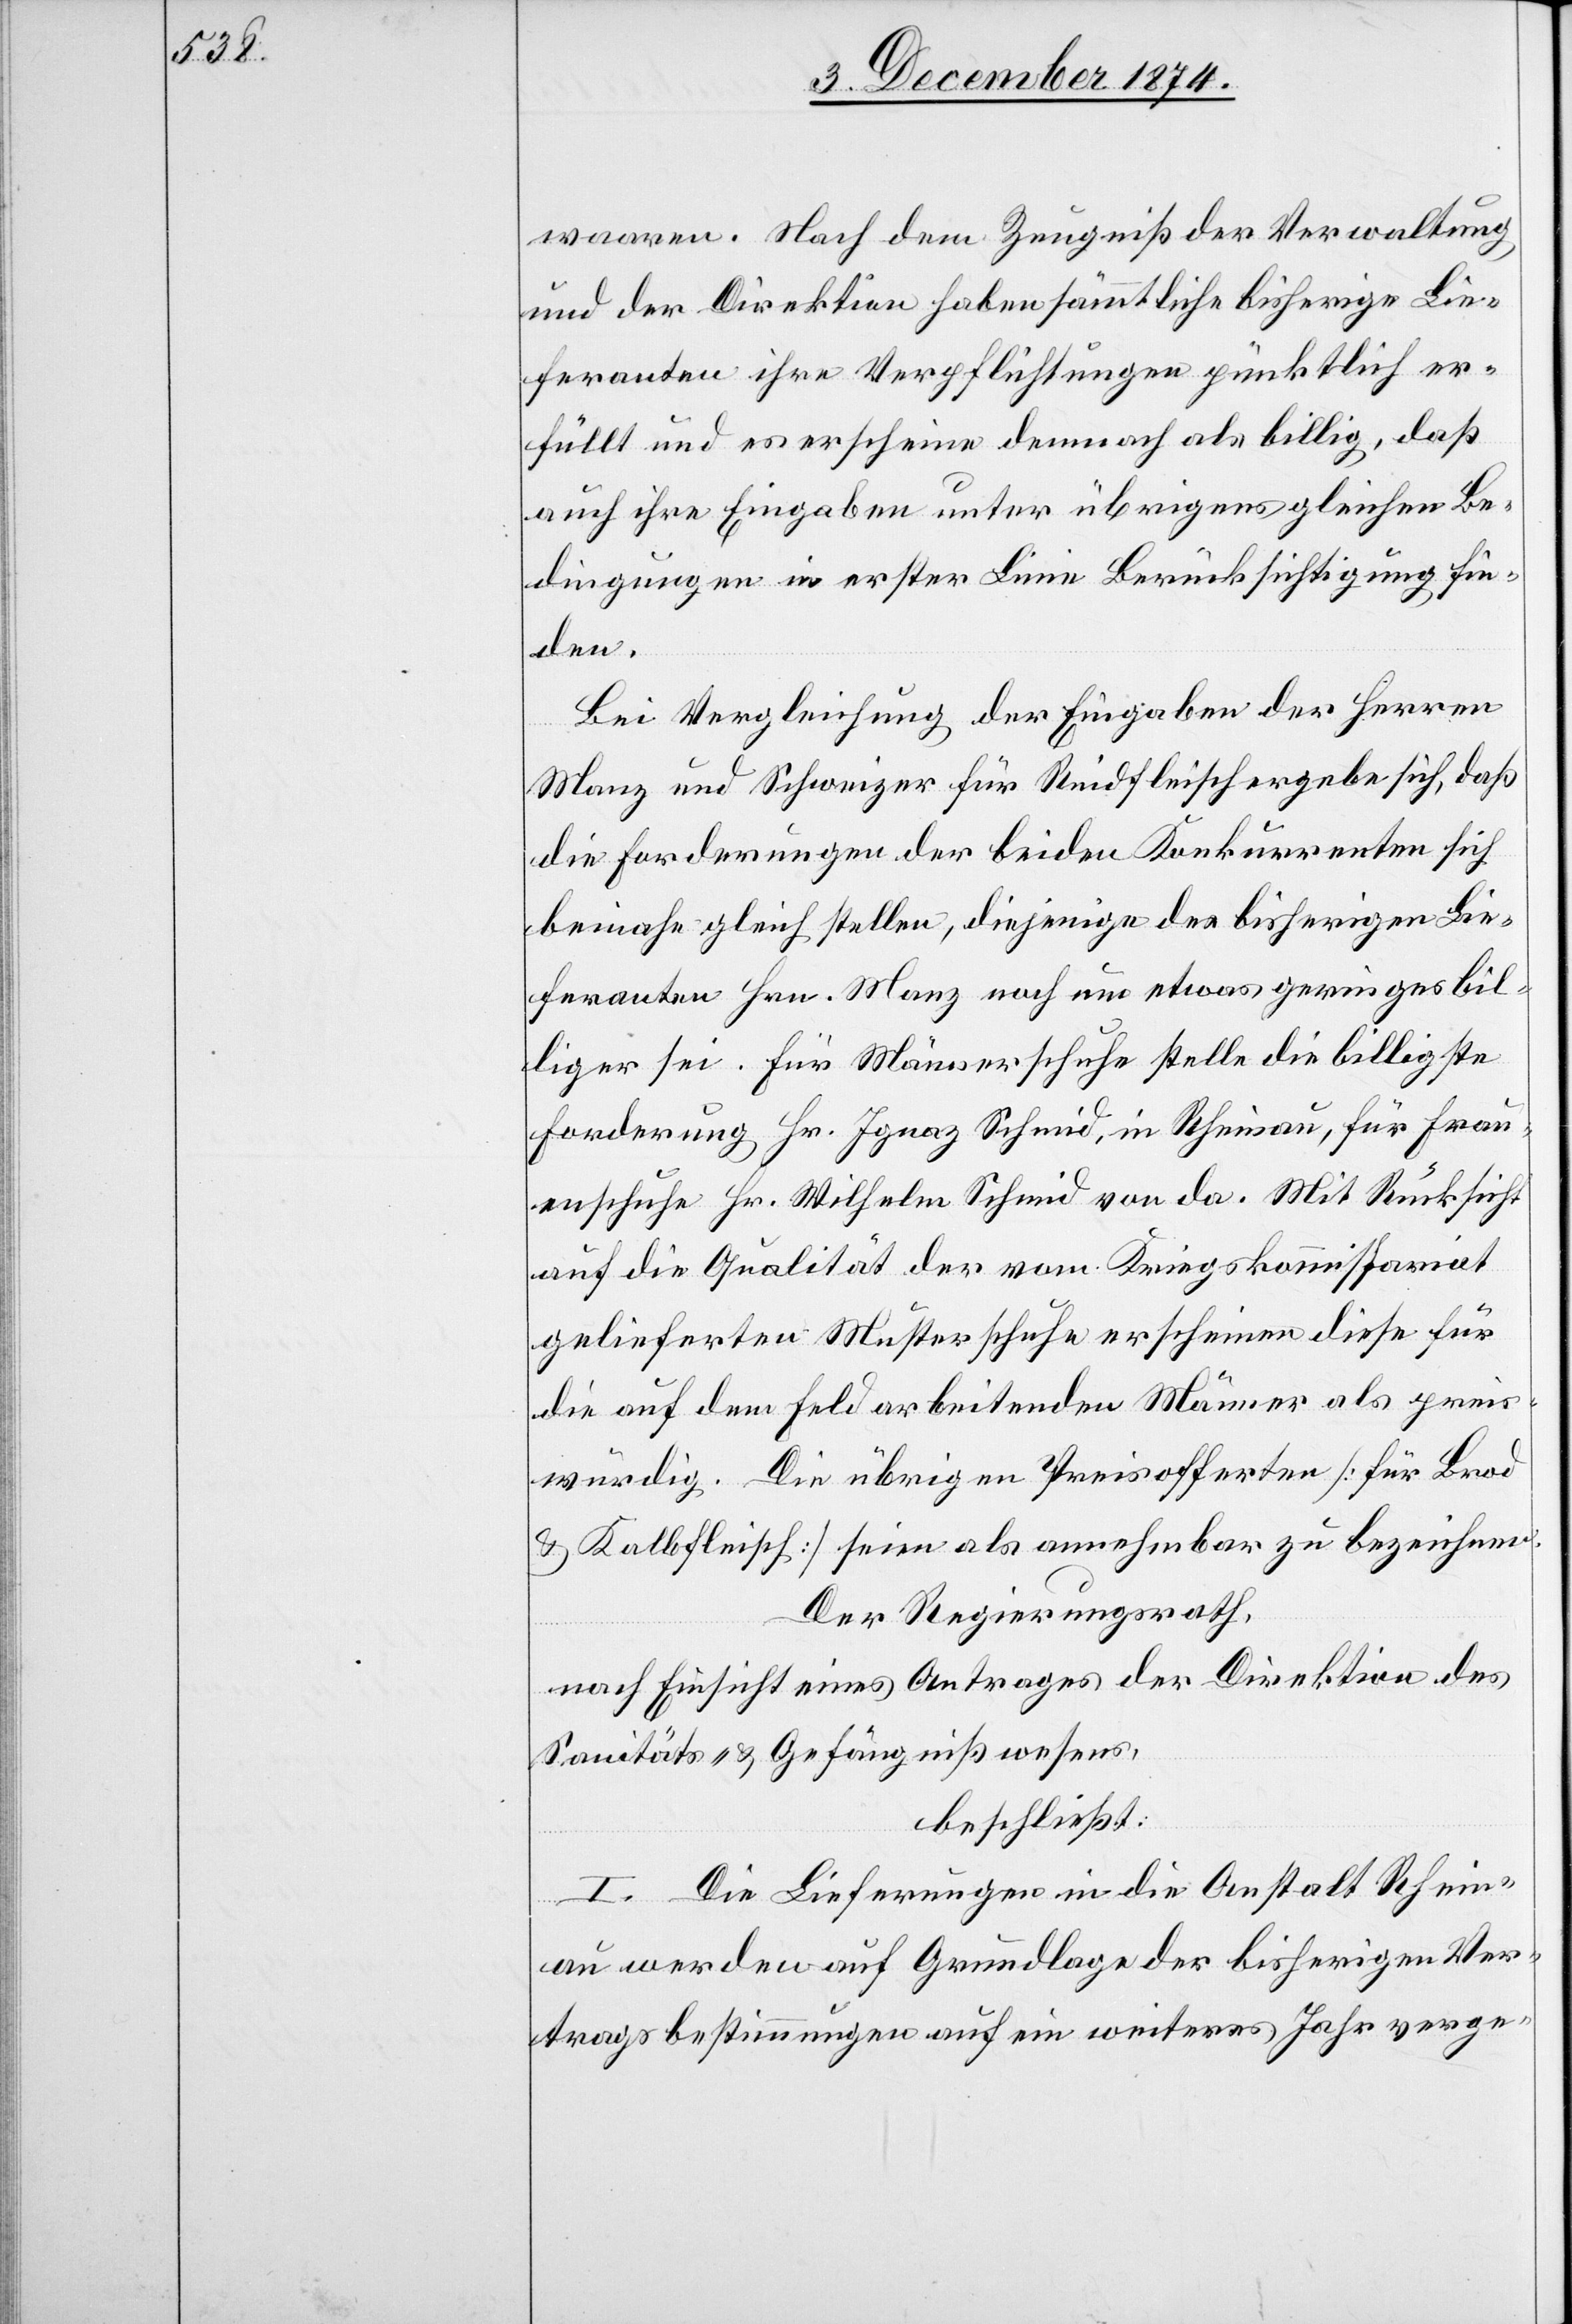
waaren. Nach dem Zeugniß der Verwaltung
und der Direktion haben sämmtliche bisherige Lie¬
feranten ihre Verpflichtungen pünktlich er¬
füllt und es erscheine demnach als billig, daß
auch ihre Eingaben unter übrigens gleichen Be¬
dingungen in erster Linie Berücksichtigung fin¬
den.
Bei Vergleichung der Eingaben der Herren
Manz und Schweizer für Rindfleisch ergebe sich, daß
die Forderungen der beiden Konkurrenten sich
beinahe gleich stellen, diejenige des bisherigen Lie¬
feranten Hrn. Manz noch um etwas geringer bil¬
liger sei. Für Männerschuhe stelle die billigste
Forderung Hr. Ignaz Schmid, in Rheinau, für Frau¬
enschuhe Hr. Wilhelm Schmid von da. Mit Rücksicht
auf die Qualität der vom Kriegskommissariat
gelieferten Musterschuhe erscheinen diese für
die auf dem Feld arbeitenden Männer als preis¬
würdig. Die übrigen Preisofferten [für Brod
& Kalbfleisch] seien als annehmbar zu bezeichnen.
Der Regierungsrath,
nach Einsicht eines Antrages der Direktion des
Sanitäts- & Gefängnißwesens,
beschließt:
I. Die Lieferungen in die Anstalt Rhein¬
au werden auf Grundlage der bisherigen Ver¬
tragsbestimmungen auf ein weiteres Jahr verge-